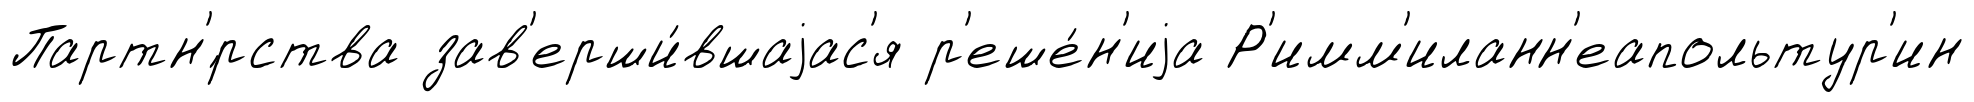
Партн'́рства зав'ерши́вшаjас'я р'еше́н'иjа Р'имм'иланн'еапольтур'ин